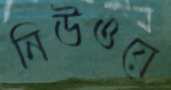
নিউওয়ে